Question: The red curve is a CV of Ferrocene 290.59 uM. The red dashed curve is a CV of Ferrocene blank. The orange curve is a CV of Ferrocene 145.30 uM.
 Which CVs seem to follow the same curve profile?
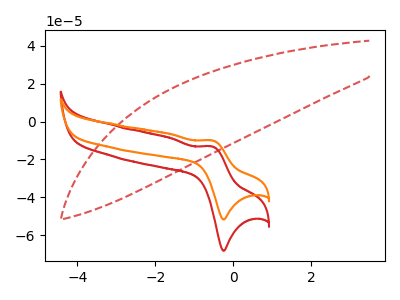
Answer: <think>The red curve "Ferrocene 290.59 uM" has an anodic peak at (-0.55V, -13.15uA) and a cathodic peak at (-0.25V, -68.25uA). The red dashed curve "Ferrocene blank" has no peaks. The orange curve "Ferrocene 145.30 uM" has an anodic peak at (-0.55V, -9.95uA) and a cathodic peak at (-0.25V, -51.70uA).
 "Ferrocene 290.59 uM" and "Ferrocene blank" have a different number of peaks. All the peaks in "Ferrocene 290.59 uM" have a peak in "Ferrocene 145.30 uM" at the same potential. "Ferrocene blank" and "Ferrocene 145.30 uM" have a different number of peaks.</think>
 <answer>"Ferrocene 145.30 uM" and "Ferrocene 290.59 uM" have the same shape and are likely CV's of the same chemical.</answer>
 <eval>"Ferrocene 145.30 uM" "Ferrocene 290.59 uM"</eval>